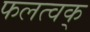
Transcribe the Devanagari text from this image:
फलत्वक्